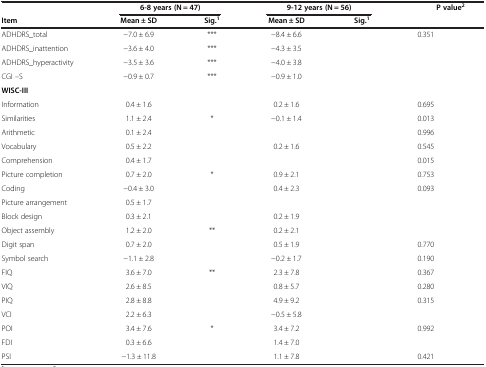
<table><thead><tr><td>[EMPTY_CELL]</td><td colspan="2"><b>6-8 years (N = 47)</b></td><td colspan="2"><b>9-12 years (N = 56)</b></td><td colspan="2"><b>P value<sup>2</sup></b></td></tr><tr><td><b>Item</b></td><td><b>Mean ± SD</b></td><td><b>Sig.<sup>1</sup></b></td><td><b>Mean ± SD</b></td><td><b>Sig.<sup>1</sup></b></td><td>[EMPTY_CELL]</td><td>[EMPTY_CELL]</td></tr></thead><tbody><tr><td>ADHDRS_total</td><td>−7.0 ± 6.9</td><td>***</td><td>−8.4 ± 6.6</td><td>[EMPTY_CELL]</td><td>0.351</td><td>[EMPTY_CELL]</td></tr><tr><td>ADHDRS_inattention</td><td>−3.6 ± 4.0</td><td>***</td><td>−4.3 ± 3.5</td><td>[EMPTY_CELL]</td><td>[EMPTY_CELL]</td><td>[EMPTY_CELL]</td></tr><tr><td>ADHDRS_hyperactivity</td><td>−3.5 ± 3.6</td><td>***</td><td>−4.0 ± 3.8</td><td>[EMPTY_CELL]</td><td>[EMPTY_CELL]</td><td>[EMPTY_CELL]</td></tr><tr><td>CGI –S</td><td>−0.9 ± 0.7</td><td>***</td><td>−0.9 ± 1.0</td><td>[EMPTY_CELL]</td><td>[EMPTY_CELL]</td><td>[EMPTY_CELL]</td></tr><tr><td><b>WISC-III</b></td><td>[EMPTY_CELL]</td><td>[EMPTY_CELL]</td><td>[EMPTY_CELL]</td><td>[EMPTY_CELL]</td><td>[EMPTY_CELL]</td><td>[EMPTY_CELL]</td></tr><tr><td>Information</td><td>0.4 ± 1.6</td><td>[EMPTY_CELL]</td><td>0.2 ± 1.6</td><td>[EMPTY_CELL]</td><td>0.695</td><td>[EMPTY_CELL]</td></tr><tr><td>Similarities</td><td>1.1 ± 2.4</td><td>*</td><td>−0.1 ± 1.4</td><td>[EMPTY_CELL]</td><td>0.013</td><td>[EMPTY_CELL]</td></tr><tr><td>Arithmetic</td><td>0.1 ± 2.4</td><td>[EMPTY_CELL]</td><td>[EMPTY_CELL]</td><td>[EMPTY_CELL]</td><td>0.996</td><td>[EMPTY_CELL]</td></tr><tr><td>Vocabulary</td><td>0.5 ± 2.2</td><td>[EMPTY_CELL]</td><td>0.2 ± 1.6</td><td>[EMPTY_CELL]</td><td>0.545</td><td>[EMPTY_CELL]</td></tr><tr><td>Comprehension</td><td>0.4 ± 1.7</td><td>[EMPTY_CELL]</td><td>[EMPTY_CELL]</td><td>[EMPTY_CELL]</td><td>0.015</td><td>[EMPTY_CELL]</td></tr><tr><td>Picture completion</td><td>0.7 ± 2.0</td><td>*</td><td>0.9 ± 2.1</td><td>[EMPTY_CELL]</td><td>0.753</td><td>[EMPTY_CELL]</td></tr><tr><td>Coding</td><td>−0.4 ± 3.0</td><td>[EMPTY_CELL]</td><td>0.4 ± 2.3</td><td>[EMPTY_CELL]</td><td>0.093</td><td>[EMPTY_CELL]</td></tr><tr><td>Picture arrangement</td><td>0.5 ± 1.7</td><td>[EMPTY_CELL]</td><td>[EMPTY_CELL]</td><td>[EMPTY_CELL]</td><td>[EMPTY_CELL]</td><td>[EMPTY_CELL]</td></tr><tr><td>Block design</td><td>0.3 ± 2.1</td><td>[EMPTY_CELL]</td><td>0.2 ± 1.9</td><td>[EMPTY_CELL]</td><td>[EMPTY_CELL]</td><td>[EMPTY_CELL]</td></tr><tr><td>Object assembly</td><td>1.2 ± 2.0</td><td>**</td><td>0.2 ± 2.1</td><td>[EMPTY_CELL]</td><td>[EMPTY_CELL]</td><td>[EMPTY_CELL]</td></tr><tr><td>Digit span</td><td>0.7 ± 2.0</td><td>[EMPTY_CELL]</td><td>0.5 ± 1.9</td><td>[EMPTY_CELL]</td><td>0.770</td><td>[EMPTY_CELL]</td></tr><tr><td>Symbol search</td><td>−1.1 ± 2.8</td><td>[EMPTY_CELL]</td><td>−0.2 ± 1.7</td><td>[EMPTY_CELL]</td><td>0.190</td><td>[EMPTY_CELL]</td></tr><tr><td>FIQ</td><td>3.6 ± 7.0</td><td>**</td><td>2.3 ± 7.8</td><td>[EMPTY_CELL]</td><td>0.367</td><td>[EMPTY_CELL]</td></tr><tr><td>VIQ</td><td>2.6 ± 8.5</td><td>[EMPTY_CELL]</td><td>0.8 ± 5.7</td><td>[EMPTY_CELL]</td><td>0.280</td><td>[EMPTY_CELL]</td></tr><tr><td>PIQ</td><td>2.8 ± 8.8</td><td>[EMPTY_CELL]</td><td>4.9 ± 9.2</td><td>[EMPTY_CELL]</td><td>0.315</td><td>[EMPTY_CELL]</td></tr><tr><td>VCI</td><td>2.2 ± 6.3</td><td>[EMPTY_CELL]</td><td>−0.5 ± 5.8</td><td>[EMPTY_CELL]</td><td>[EMPTY_CELL]</td><td>[EMPTY_CELL]</td></tr><tr><td>POI</td><td>3.4 ± 7.6</td><td>*</td><td>3.4 ± 7.2</td><td>[EMPTY_CELL]</td><td>0.992</td><td>[EMPTY_CELL]</td></tr><tr><td>FDI</td><td>0.3 ± 6.6</td><td>[EMPTY_CELL]</td><td>1.4 ± 7.0</td><td>[EMPTY_CELL]</td><td>[EMPTY_CELL]</td><td>[EMPTY_CELL]</td></tr><tr><td>PSI</td><td>−1.3 ± 11.8</td><td>[EMPTY_CELL]</td><td>1.1 ± 7.8</td><td>[EMPTY_CELL]</td><td>0.421</td><td>[EMPTY_CELL]</td></tr></tbody></table>